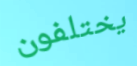
يختلفون